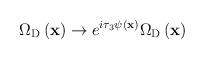
LaTeX: \begin{align*} \Omega_{{\rm D}}\left({\bf x}\right) \rightarrow e^{i\tau_{3}\psi\left({\bf x}\right) }\Omega_{{\rm D}}\left({\bf x}\right)\end{align*}